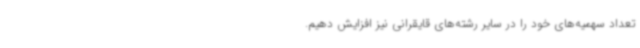
تعداد سهمیه‌های خود را در سایر رشته‌های قایقرانی نیز افزایش دهیم.